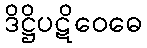
ဒိဋ္ဌိပဋိဝေဓေ